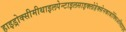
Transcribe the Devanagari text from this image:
हाइड्रोक्सीमीथाइलपेन्टाइलसाइक्लोहेक्सेनकार्बोक्सिअल्डिहाइड